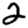
Digit: 2